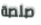
صلصة